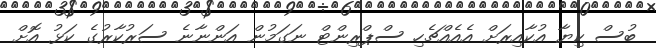
ބުސް ކިޔާ އުކާއިރަށް އެއެއްޗެހި ސްޕްރިންޓް ނަގަމުން އަންނާނެ ސަރުކާރުގެ ކަޅު އޮށް